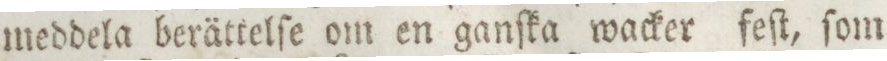
meddela berättelſe om en ganſka wacker feſt, ſom